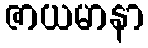
ဇာယမာနာ